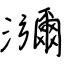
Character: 瀰